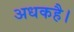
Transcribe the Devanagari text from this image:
अधकहै।